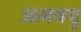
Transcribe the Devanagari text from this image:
जलवयु